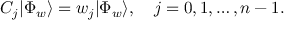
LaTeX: { \cal C } _ { j } | \Phi _ { w } \rangle = w _ { j } | \Phi _ { w } \rangle , \quad j = 0 , 1 , \ldots , n - 1 .